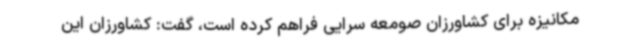
مکانیزه برای کشاورزان صومعه سرایی فراهم کرده است، گفت: کشاورزان این